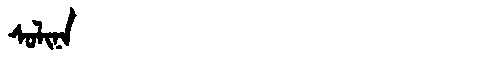
Manchu: ᠰᠣᠯᡳᠨᠠ
Romanization: SOLINA